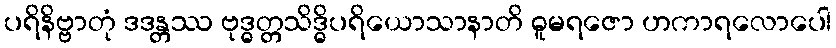
ပရိနိဗ္ဗာတုံ ဒဒန္တဿ ဗုဒ္ဓတ္တသိဒ္ဓိပရိယောသာနာတိ ဓူမရဇော ဟကာရလောပေါ